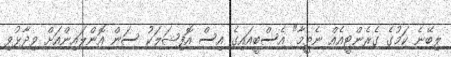
ލިބޭނެ ކަމުގެ ގެރެންޓީއެއް ނެތީމާ" އެސްބީއައިގެ އިސް އޮފިޝަލަކު ސަން އޮންލައިންއަށް ވިދާޅުވި